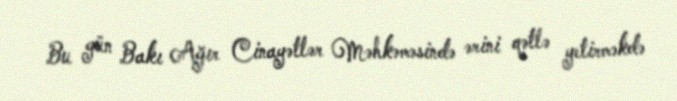
Bu gün Bakı Ağır Cinayətlər Məhkəməsində ərini qətlə yetirməkdə